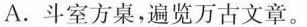
A.斗室方桌，遍览万古文章。